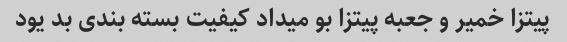
پیتزا خمیر و جعبه پیتزا بو میداد کیفیت بسته بندی بد یود